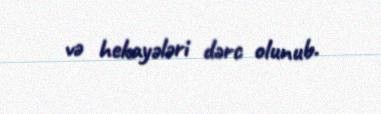
və hekayələri dərc olunub.